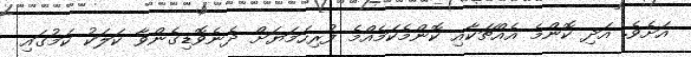
އަށެވެ. އަދި ކޮންމެ އެއްޗަކާއި ކޮންމެކަމެއްމެ ފުރިހަމަޔަށް ދެނެވޮޑިގެންވާ ކަލަކު ކަމުގައި